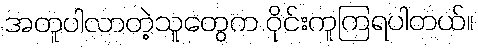
အတူပါလာတဲ့သူတွေက ဝိုင်းကူကြရပါတယ်။